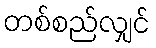
တစ်စည်လျှင်